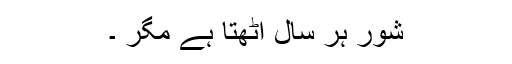
شور ہر سال اُٹھتا ہے مگر ۔